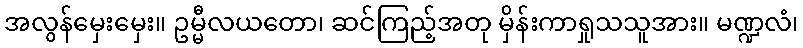
အလွန်မှေးမှေး။ ဥမ္မီလယတော၊ ဆင်ကြည့်အတု မှိန်းကာရှုသသူအား။ မဏ္ဍလံ၊